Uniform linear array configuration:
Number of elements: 24
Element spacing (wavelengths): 1
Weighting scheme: binomial
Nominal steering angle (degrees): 15
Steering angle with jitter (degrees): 14.121
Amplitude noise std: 0.05
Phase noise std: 0.05

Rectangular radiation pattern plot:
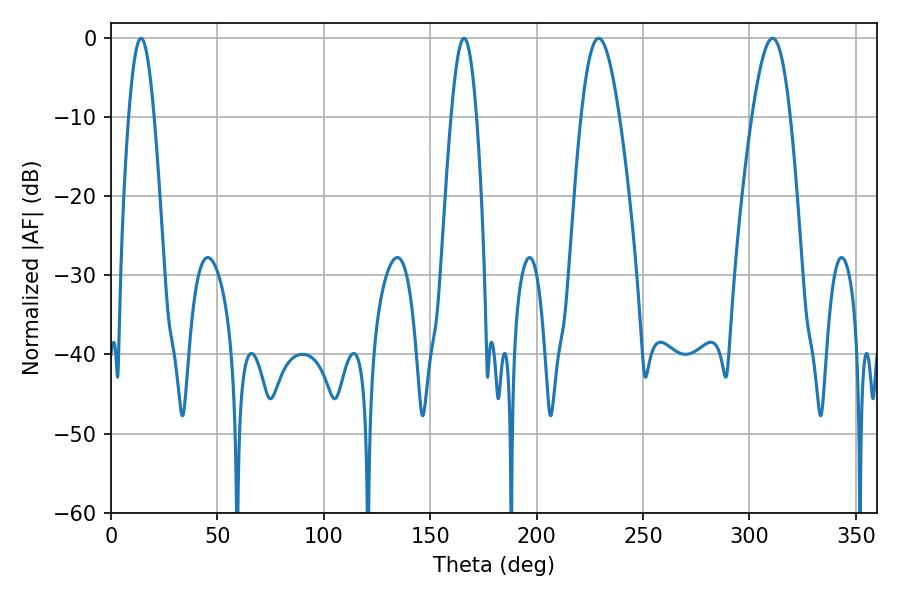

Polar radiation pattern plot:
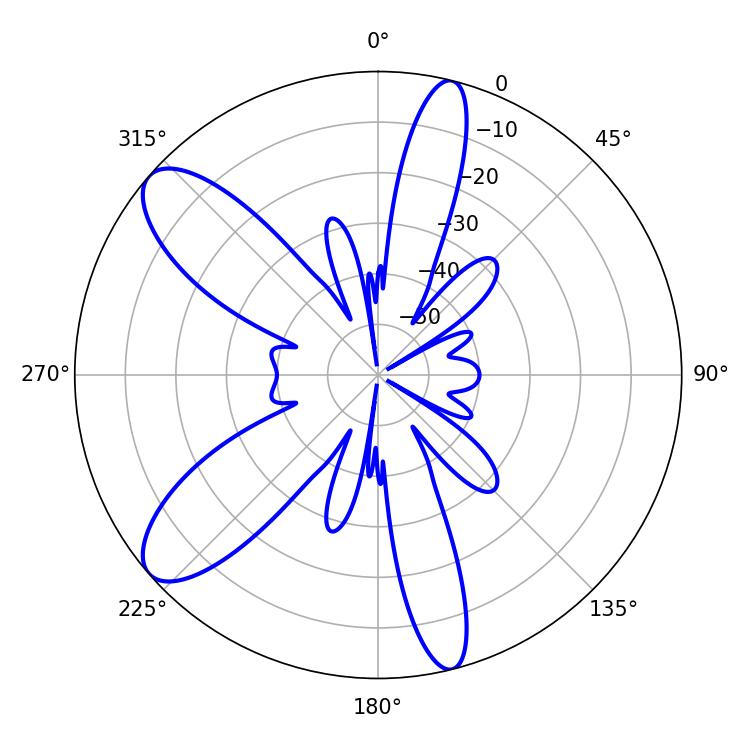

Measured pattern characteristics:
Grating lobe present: TRUE
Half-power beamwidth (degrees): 9.72
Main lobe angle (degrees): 229.14